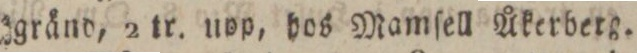
gränd, 2 tr. nop, hos Mamſell Åkerberg.